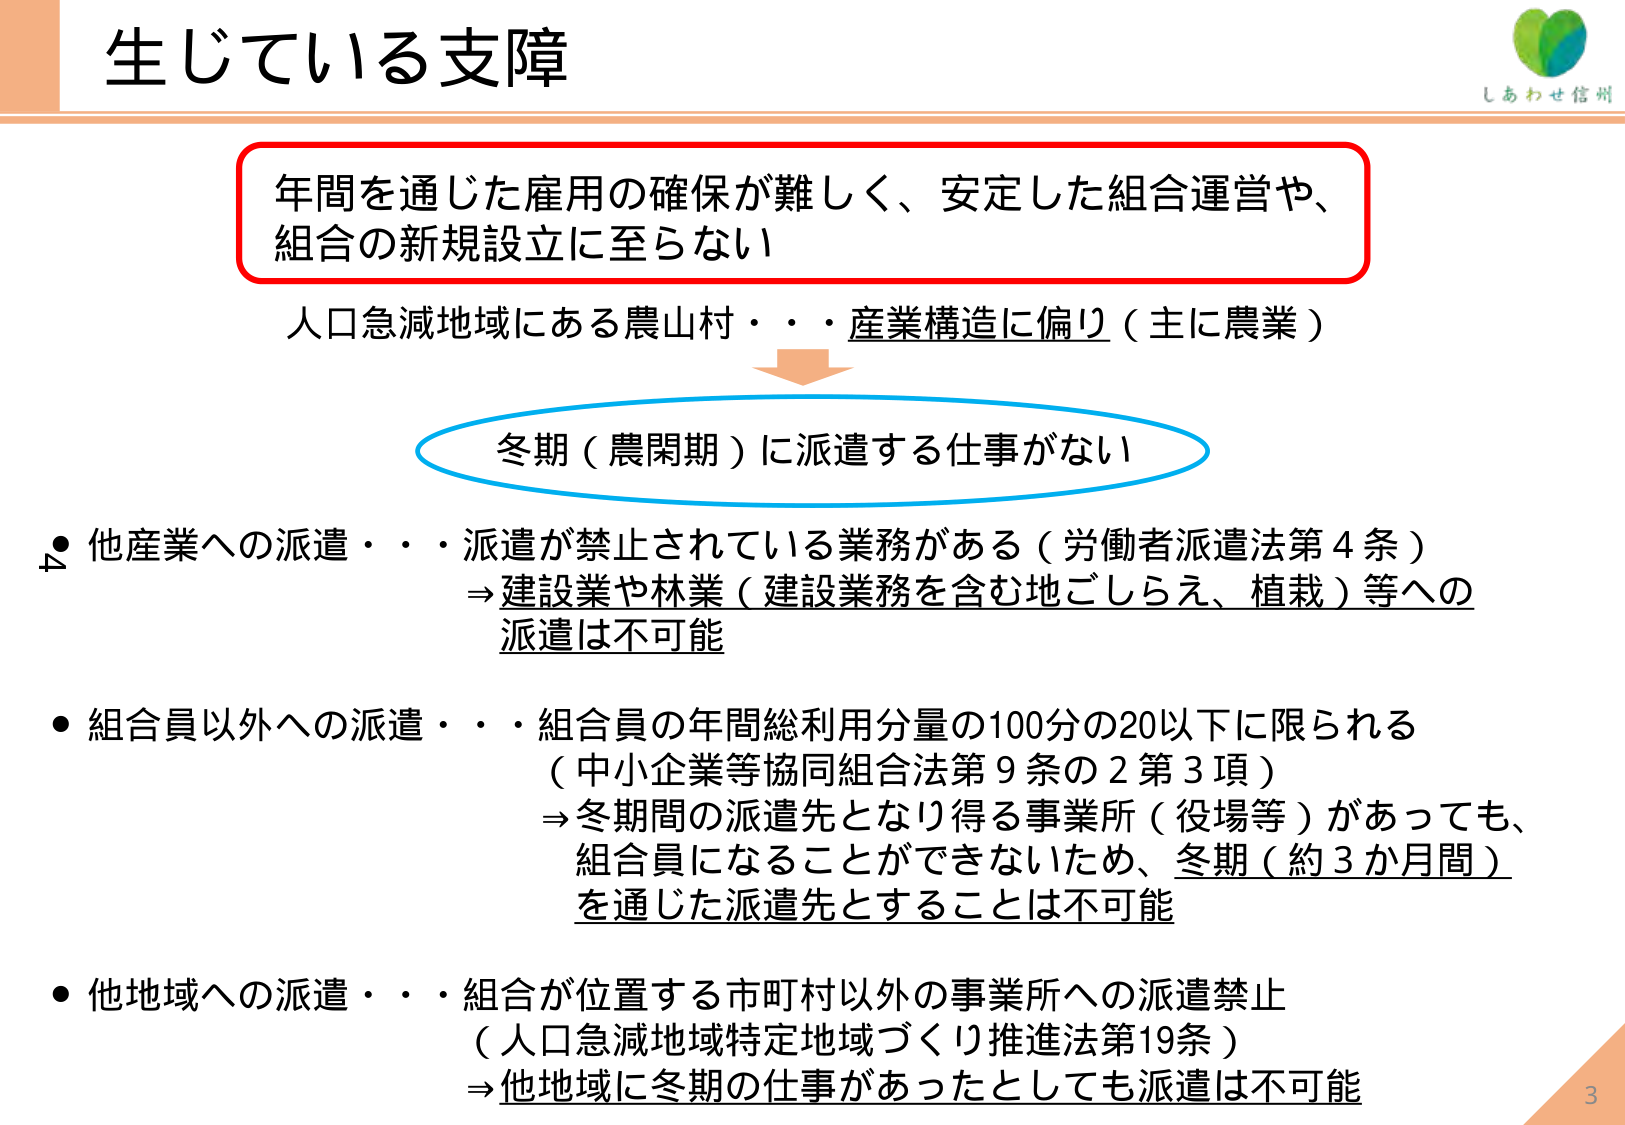
生じている支障

年間を通じた雇用の確保が難しく、安定した組合運営や、
組合の新規設立に至らない

人口急減地域にある農山村・・・産業構造に偏り（主に農業）

冬期（農閑期）に派遣する仕事がない

● 他産業への派遣・・・派遣が禁止されている業務がある（労働者派遣法第4条）
⇒建設業や林業（建設業務を含む地ごしらえ、植栽）等への
派遣は不可能

● 組合員以外への派遣・・・組合員の年間総利用分量の100分の20以下に限られる
（中小企業等協同組合法第9条の2第3項）
⇒冬期間の派遣先となり得る事業所（役場等）があっても、
組合員になることができないため、冬期（約3か月間）
を通じた派遣先とすることは不可能

● 他地域への派遣・・・組合が位置する市町村以外の事業所への派遣禁止
（人口急減地域特定地域づくり推進法第19条）
⇒他地域に冬期の仕事があったとしても派遣は不可能

しあわせ信州

3